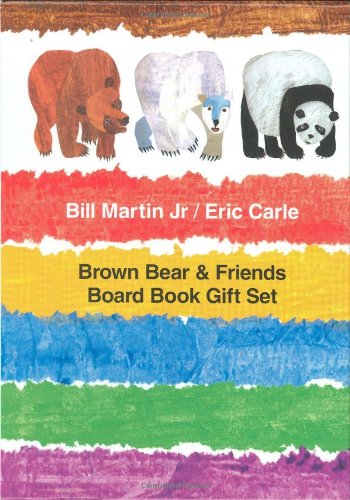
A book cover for Brown Bear & Friends Board Book Gift Set (Brown Bear and Friends); Bill Martin Jr.; Children's Books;